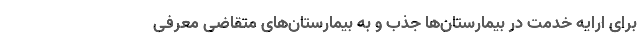
برای ارایه خدمت در بیمارستان‌ها جذب و به بیمارستان‌های متقاضی معرفی